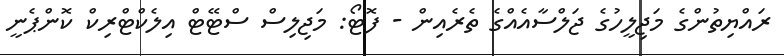
ރައްޔިތުންގެ މަޖިލީހުގެ ޖަލްސާއެއްގެ ތެރެއިން - ފޮޓޯ: މަޖިލިސް ސްޓޭޓް އިލެކްޓްރިކް ކޮންޕެނީ